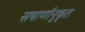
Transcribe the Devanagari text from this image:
सषार्णानुकृत